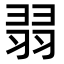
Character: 𦐱